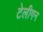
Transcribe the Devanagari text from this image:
टेलीगन